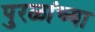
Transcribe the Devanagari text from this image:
पुरळांच्या